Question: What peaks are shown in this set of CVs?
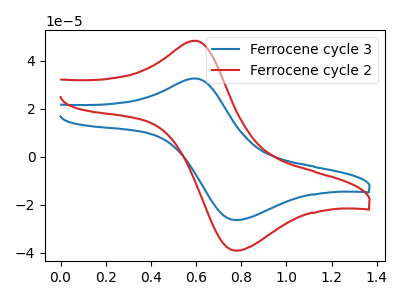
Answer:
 <answer>The blue curve "Ferrocene cycle 3" has an anodic peak at (0.60V, 32.60uA) and a cathodic peak at (0.75V, -26.40uA). The red curve "Ferrocene cycle 2" has an anodic peak at (0.60V, 48.35uA) and a cathodic peak at (0.75V, -39.15uA).</answer>
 <eval></eval>